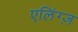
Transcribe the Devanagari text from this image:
एलिंग्ज़